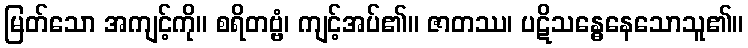
မြတ်သော အကျင့်ကို။ စရိတဗ္ဗံ၊ ကျင့်အပ်၏။ ဇာတဿ၊ ပဋိသန္ဓေနေသောသူ၏။